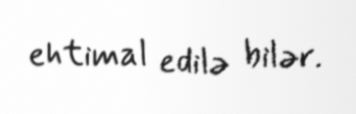
ehtimal edilə bilər.